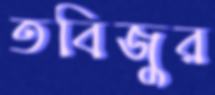
তবিজুর